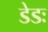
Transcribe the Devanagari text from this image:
डेडः